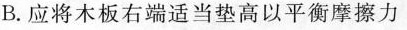
B.应将木板右端适当垫高以平衡摩擦力